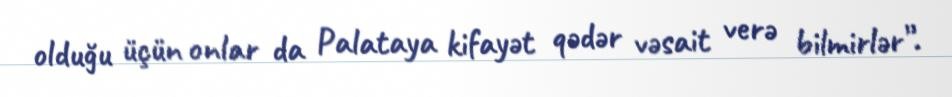
olduğu üçün onlar da Palataya kifayət qədər vəsait verə bilmirlər”.